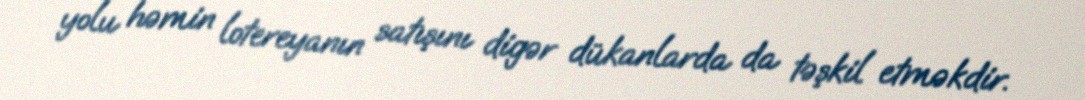
yolu həmin lotereyanın satışını digər dükanlarda da təşkil etməkdir.